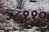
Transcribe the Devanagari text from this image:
८११०